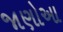
જાણોઆ